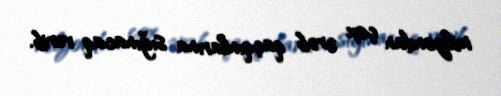
milyondan çox ərəb qaçqınlarına sığınacaq verib.